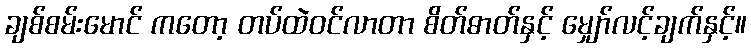
ချစ်စမ်းမောင် ကတော့ တပ်ထဲဝင်လာတာ စိတ်ဓာတ်နှင့် မျှော်လင့်ချက်နှင့်။